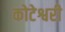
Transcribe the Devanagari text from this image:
कोटेश्वरी